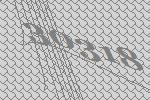
30318